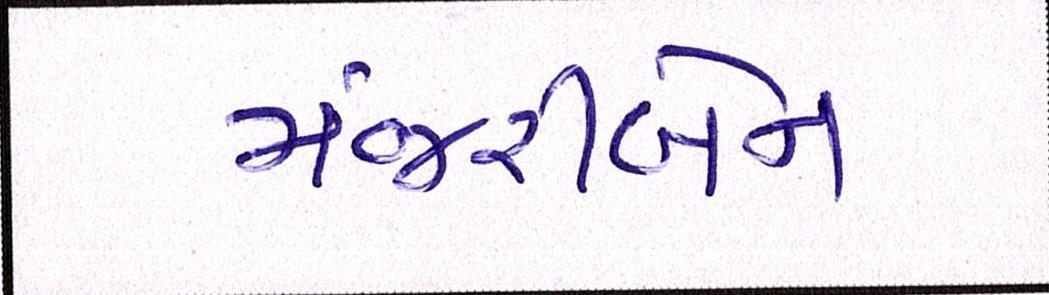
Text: મંજરીબેન